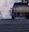
મીઠા